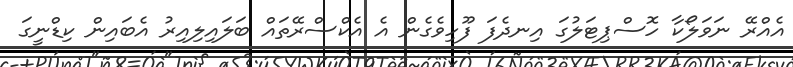
އެއްރޭ ނަވަލޯކާ ހޮސްޕިޓަލުގަ އިނދެފަ ފޫހިވެގެން އެ އެކްސްރޭތައް ބަލައިލިއިރު އެބައިން ކިޑްނީގަ